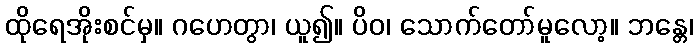
ထိုရေအိုးစင်မှ။ ဂဟေတွာ၊ ယူ၍။ ပိဝ၊ သောက်တော်မူလော့။ ဘန္တေ၊